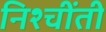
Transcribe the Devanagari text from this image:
निश्चींती